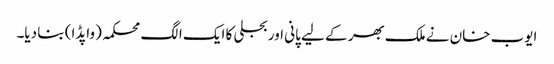
ایوب خان نے ملک بھر کے لیے پانی اور بجلی کا ایک الگ محکمہ (واپڈا) بنا دیا۔